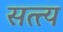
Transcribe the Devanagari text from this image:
सत्त्य